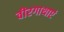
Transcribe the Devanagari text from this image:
वीरगाथाएं